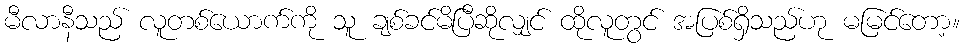
မီလာနီသည် လူတစ်ယောက်ကို သူ ချစ်ခင်မိပြီဆိုလျှင် ထိုလူတွင် အပြစ်ရှိသည်ဟု မမြင်တော့။